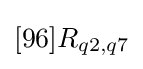
[96]R_{q2,q7}